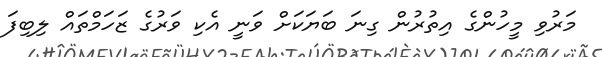
މަރުވި މީހުންގެ އިތުރުން ގިނަ ބަޔަކަށް ވަނީ އެކި ވަރުގެ ޒަހަމްތައް ލިބިފަ